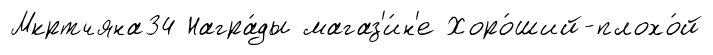
Мкртчяна34 Награ́ды магаз'и́н'е Хоро́ший-плохо́й